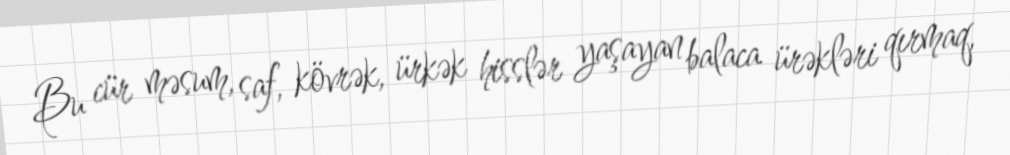
Bu cür məsum, saf, kövrək, ürkək hisslər yaşayan balaca ürəkləri qırmaq,